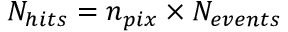
N _ { h i t s } = n _ { p i x } \times N _ { e v e n t s }